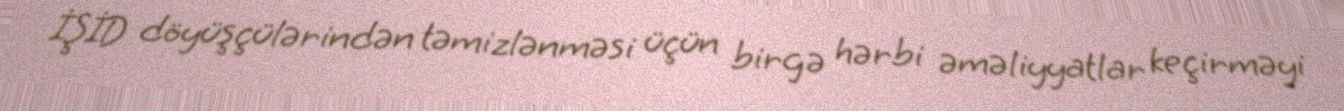
İŞİD döyüşçülərindən təmizlənməsi üçün birgə hərbi əməliyyatlar keçirməyi